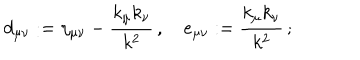
d _ { \mu \nu } : = \eta _ { \mu \nu } - \frac { k _ { \mu } k _ { \nu } } { k ^ { 2 } } \, , \quad e _ { \mu \nu } : = \frac { k _ { \mu } k _ { \nu } } { k ^ { 2 } } \, ;